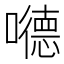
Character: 𪢝